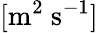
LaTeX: [\mathrm{m^{2}~s^{-1}}]